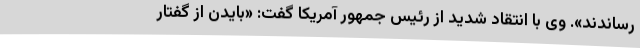
رساندند». وی با انتقاد شدید از رئیس جمهور آمریکا گفت: «بایدن از گفتار